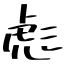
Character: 彪